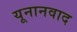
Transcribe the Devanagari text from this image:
यूनानवाद